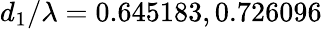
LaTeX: d_{1}/\lambda=0.645183,0.726096